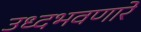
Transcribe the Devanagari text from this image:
उध्दभवणारे